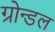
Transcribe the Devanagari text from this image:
ग्रोन्डल